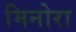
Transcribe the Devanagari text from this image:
मिनोरा